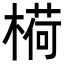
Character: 𬄋